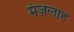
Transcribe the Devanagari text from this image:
मंज़लाह